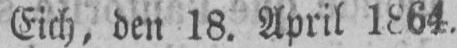
Eich, den 18. April 1864.